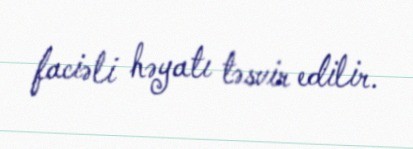
faciəli həyatı təsvir edilir.